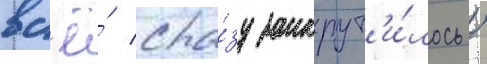
вс'ё́ сра́зу закрут'и́лось /